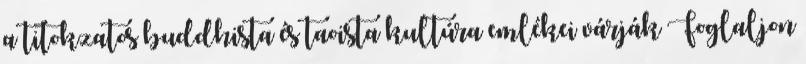
a titokzatos buddhista és taoista kultúra emlékei várják Foglaljon